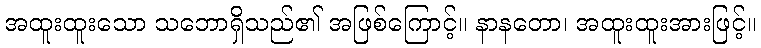
အထူးထူးသော သဘောရှိသည်၏ အဖြစ်ကြောင့်။ နာနတော၊ အထူးထူးအားဖြင့်။